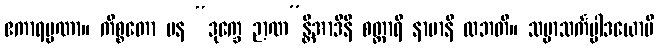
ဧကာရမ္မဏာ။ ကိစ္စတော ပန “ဒုက္ခေ ဉာဏ”န္တိအာဒီနိ စတ္တာရိ နာမာနိ လဘတိ။ သမ္မာသင်္ကပ္ပါဒယောပိ